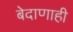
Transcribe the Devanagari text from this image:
बेदाणाही